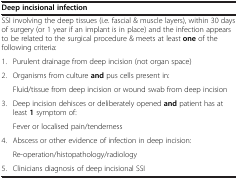
<table><thead><tr><td colspan="2"><b>Deep incisional infection</b></td></tr></thead><tbody><tr><td colspan="2">SSI involving the deep tissues (i.e. fascial &amp; muscle layers), within 30 days of surgery (or 1 year if an implant is in place) and the infection appears to be related to the surgical procedure &amp; meets at least <b>one</b> of the following criteria:</td></tr><tr><td>1.</td><td>Purulent drainage from deep incision (not organ space)</td></tr><tr><td>2.</td><td>Organisms from culture <b>and</b> pus cells present in:</td></tr><tr><td> </td><td>Fluid/tissue from deep incision or wound swab from deep incision</td></tr><tr><td>3.</td><td>Deep incision dehisces or deliberately opened <b>and</b> patient has at least <b>1</b> symptom of:</td></tr><tr><td> </td><td>Fever or localised pain/tenderness</td></tr><tr><td>4.</td><td>Abscess or other evidence of infection in deep incision:</td></tr><tr><td> </td><td>Re-operation/histopathology/radiology</td></tr><tr><td>5.</td><td>Clinicians diagnosis of deep incisional SSI</td></tr></tbody></table>